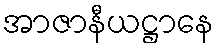
အာဇာနီယဋ္ဌာနေ